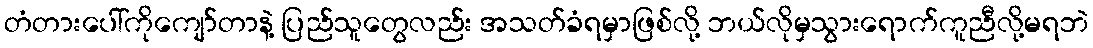
တံတားပေါ်ကိုကျော်တာနဲ့ ပြည်သူတွေလည်း အသတ်ခံရမှာဖြစ်လို့ ဘယ်လိုမှသွားရောက်ကူညီလို့မရဘဲ